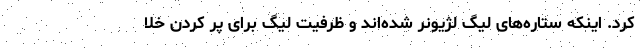
کرد. اینکه ستاره‌های لیگ لژیونر شده‌اند و ظرفیت لیگ برای پر کردن خلا